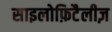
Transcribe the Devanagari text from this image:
साइलोफ़िटैलीज़